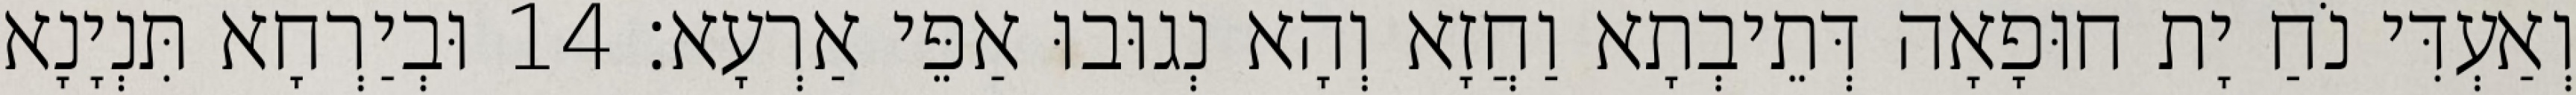
וְאַעְדִּי נֹחַ יָת חוּפָאָה דְּתֵיבְתָא וַחֲזָא וְהָא נְגוּבוּ אַפֵּי אַרְעָא׃ 14 וּבְיַרְחָא תִּנְיָנָא